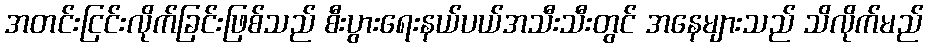
အတင်းငြင်းလိုက်ခြင်းဖြစ်သည် စီးပွားရေးနယ်ပယ်အသီးသီးတွင် အနေများသည် သိလိုက်မည်